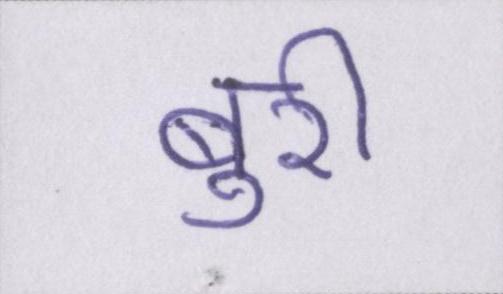
बुरी